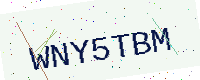
Text: WNY5TBM